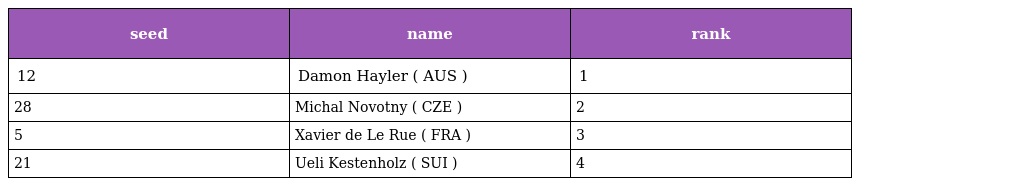
| seed | name | rank |
 | --- | --- | --- |
 | 12 | Damon Hayler ( AUS ) | 1 |
 | 28 | Michal Novotny ( CZE ) | 2 |
 | 5 | Xavier de Le Rue ( FRA ) | 3 |
 | 21 | Ueli Kestenholz ( SUI ) | 4 |